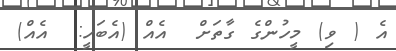
އެ ( ވި) މީހުންގެ ގާތަށް  އެއް (އެބަހީ:  އެއް)